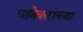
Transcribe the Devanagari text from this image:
घाणेकरांच्या